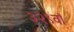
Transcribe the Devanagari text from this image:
३२९वॉ